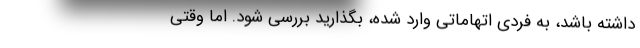
داشته باشد، به فردی اتهاماتی وارد شده، بگذارید بررسی شود. اما وقتی